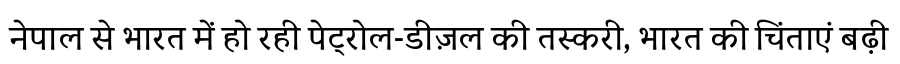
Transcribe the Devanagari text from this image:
नेपाल से भारत में हो रही पेट्रोल-डीज़ल की तस्करी, भारत की चिंताएं बढ़ी